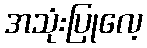
အသုံးပြုလေ့